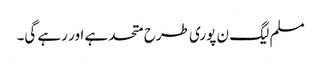
مسلم لیگ ن پوری طرح متحد ہے اور رہے گی۔